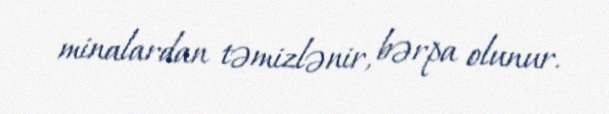
minalardan təmizlənir, bərpa olunur.